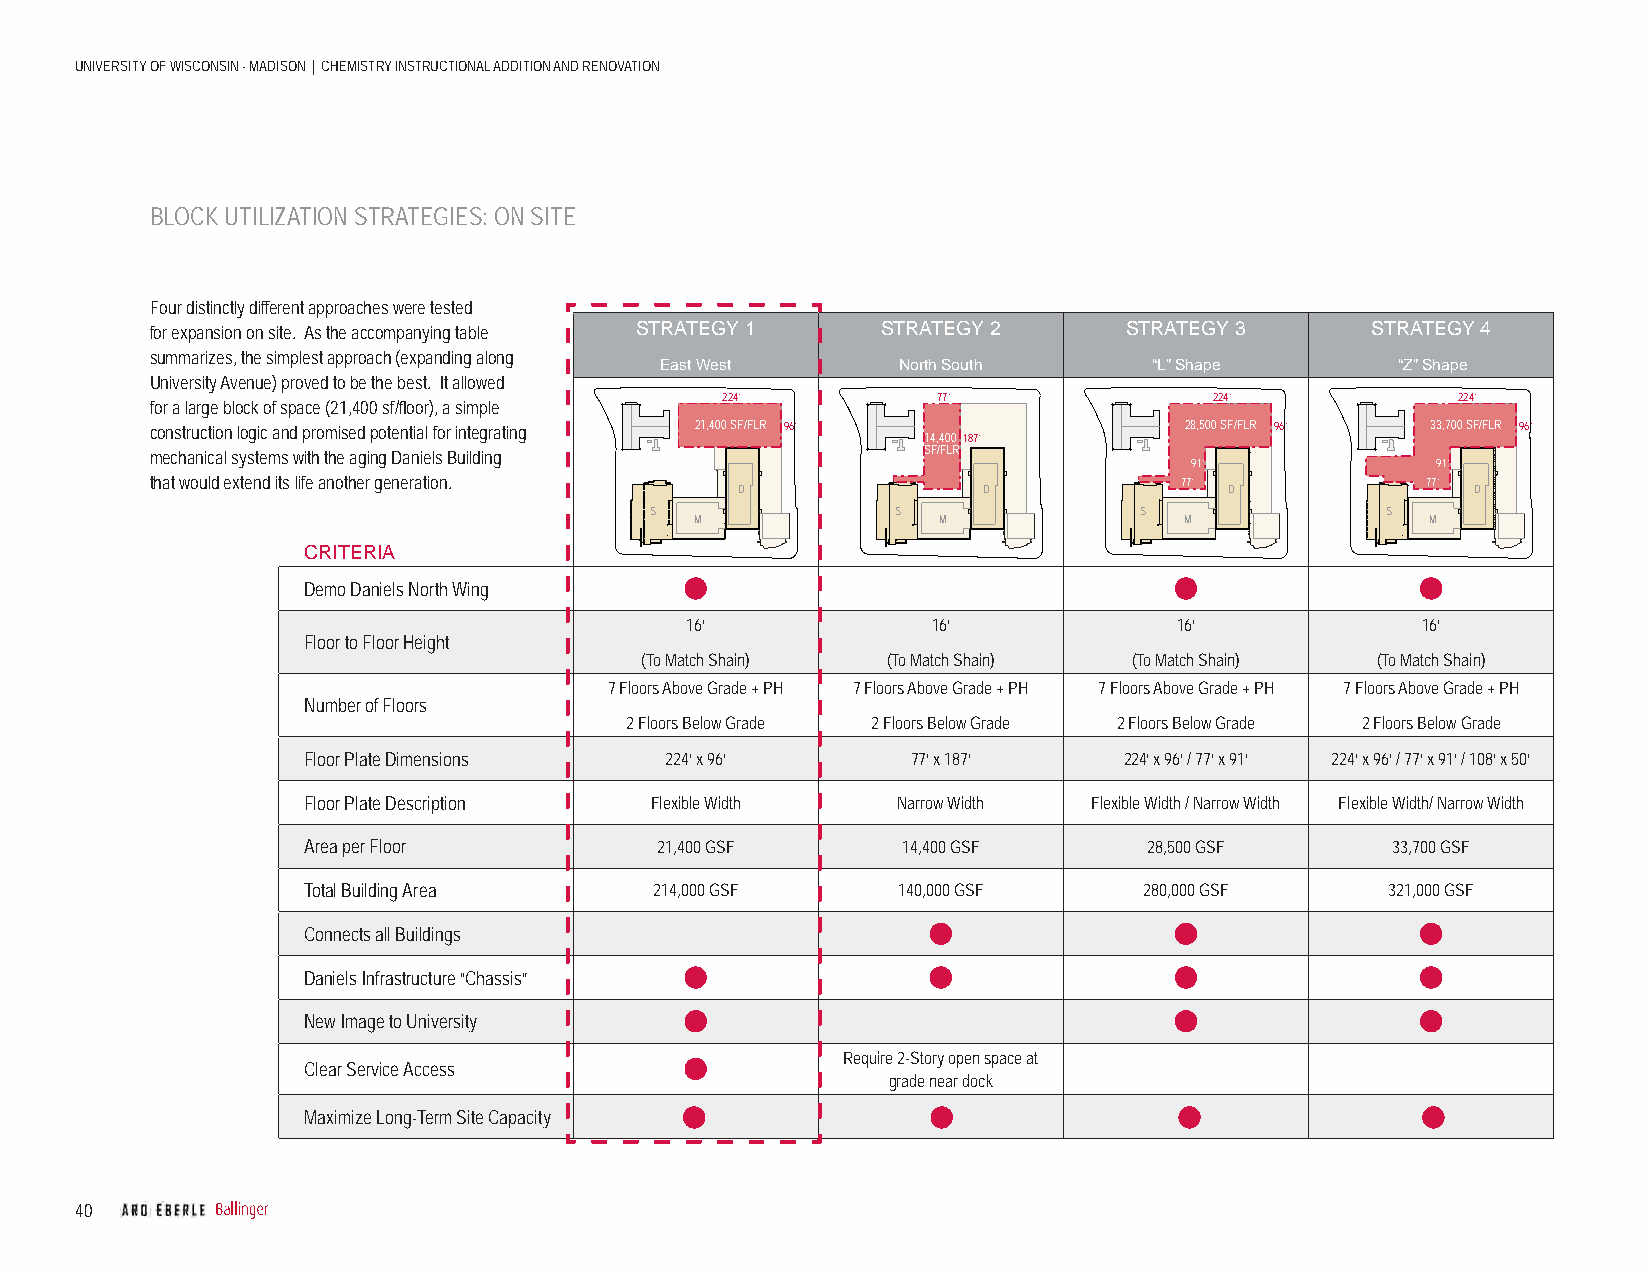
UNIVERSITY OF WISCONSIN - MADISON | CHEMISTRY INSTRUCTIONAL ADDITION AND RENOVATION
 BLOCK UTILIZATION STRATEGIES: ON SITE
 Four distinctly different approaches were tested
 for expansion on site. As the accompanying table STRATEGY 1 STRATEGY 2 STRATEGY 3 STRATEGY 4
 UNIVERSITY
 summarizes, the simplest approach (expanding along
 East West       North South     “L” Shape        “Z” Shape
 University Avenue) proved to be the best. It allowed
 224’          77’               224’            224’
 for a large block of space (21,400 sf/fl oor), a simple
 construction logic and promised potential for integrating 21,400U nS SdFe itr e/- FU AtL ri eliRz aed 96’
 14,400187’
 28,500 SF/FLR 96’ 33,700 SF/FLR 96’
 mechanical systems with the aging Daniels Building SF/FLR
 91’             91’
 that would extend its life another generation.                      77’             77’
 D               D               D               D
 S               S               S                S
 M               M               M                M
 CRITERIA
 Demo Daniels North Wing
 16’              16’             16’             16’
 Floor to Floor Height
 (To Match Shain) (To Match Shain) (To Match Shain) (To Match Shain)
 7 Floors Above Grade + PH 7 Floors Above Grade + PH 7 Floors Above Grade + PH 7 Floors Above Grade + PH
 Number of Floors
 2 Floors Below Grade 2 Floors Below Grade 2 Floors Below Grade 2 Floors Below Grade
 Floor Plate Dimensions  224’ x 96’      77’ x 187’    224’ x 96’ / 77’ x 91’ 224’ x 96’ / 77’ x 91’ / 108’ x 50’
 Floor Plate Description Flexible Width Narrow Width Flexible Width / Narrow Width Flexible Width/ Narrow Width
 Area per Floor         21,400 GSF       14,400 GSF      28,500 GSF      33,700 GSF
 Total Building Area    214,000 GSF     140,000 GSF      280,000 GSF     321,000 GSF
 Connects all Buildings
 Daniels Infrastructure “Chassis”
 New Image to University
 Require 2-Story open space at
 Clear Service Access
 grade near dock
 Maximize Long-Term Site Capacity
 40